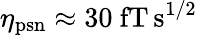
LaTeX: \eta_{\mathrm{psn}}\approx 30~\mathrm{fT\, s^{1/2}}